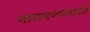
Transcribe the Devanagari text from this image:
नारायणगडाशी